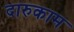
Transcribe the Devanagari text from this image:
दारुकाम